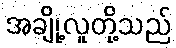
အချို့လူတို့သည်